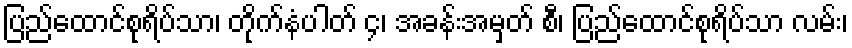
ပြည်ထောင်စုရိပ်သာ၊ တိုက်နံပါတ် ၄၊ အခန်းအမှတ် စီ၊ ပြည်ထောင်စုရိပ်သာ လမ်း၊